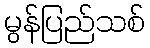
မွန်ပြည်သစ်